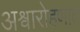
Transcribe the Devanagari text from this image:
अश्वारोहणात